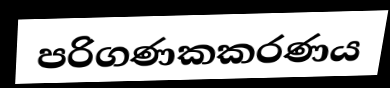
පරිගණකකරණය